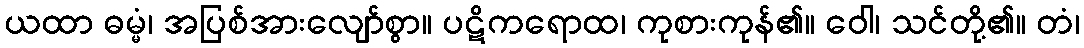
ယထာ ဓမ္မံ၊ အပြစ်အားလျော်စွာ။ ပဋိကရောထ၊ ကုစားကုန်၏။ ဝေါ၊ သင်တို့၏။ တံ၊